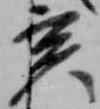
亥